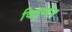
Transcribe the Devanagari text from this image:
विद्न्येय